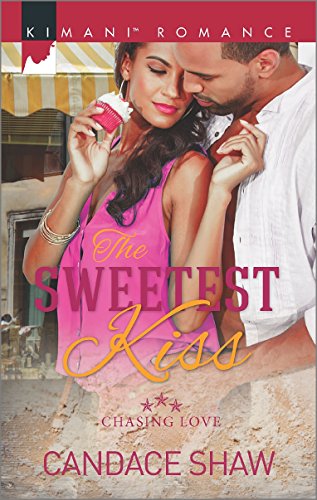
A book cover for The Sweetest Kiss (Chasing Love); Candace Shaw; Romance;